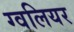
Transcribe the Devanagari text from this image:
ग्वलियर